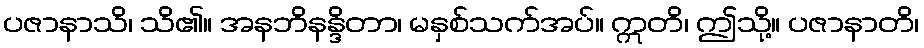
ပဇာနာသိ၊ သိ၏။ အနဘိနန္ဒိတာ၊ မနှစ်သက်အပ်။ ဣတိ၊ ဤသို့။ ပဇာနာတိ၊